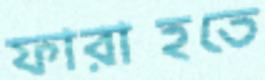
ফারাহতে